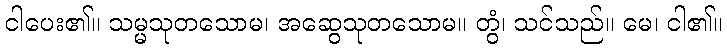
ငါပေး၏။ သမ္မသုတသောမ၊ အဆွေသုတသောမ။ တွံ၊ သင်သည်။ မေ၊ ငါ၏။